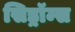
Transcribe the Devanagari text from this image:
सिड्रॉम्स